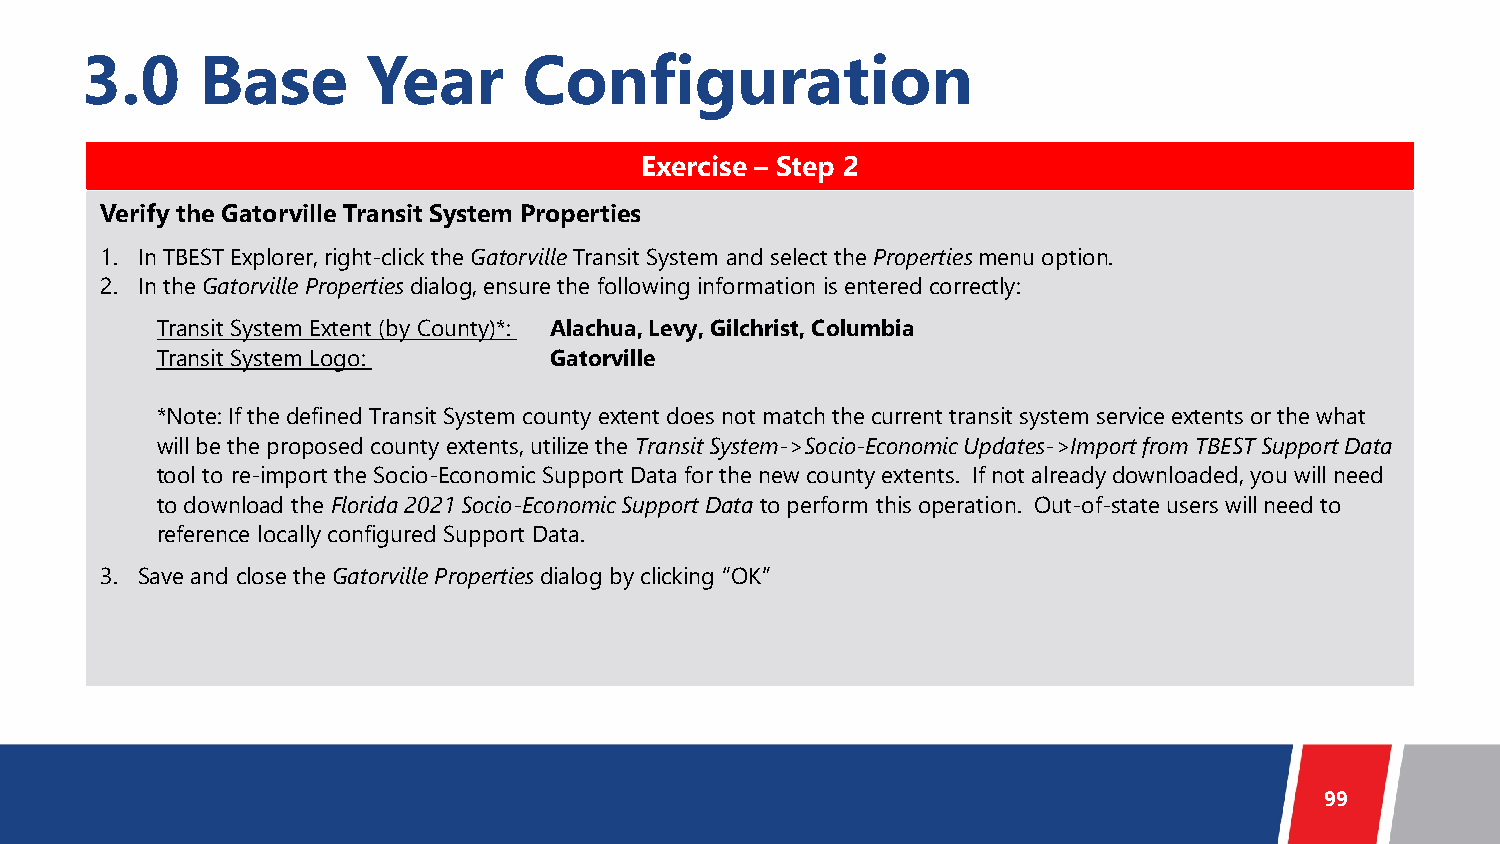
3.0     Base       Year       Configuration
 Exercise – Step 2
 Verify the Gatorville Transit System Properties
 1. In TBEST Explorer, right-click the GatorvilleTransit System and select the Properties menu option.
 2. In the GatorvilleProperties dialog, ensure the following information is entered correctly:
 Transit System Extent (by County)*: Alachua, Levy, Gilchrist, Columbia
 Transit System Logo:      Gatorville
 *Note: If the defined Transit System county extent does not match the current transit system service extents or the what
 will be the proposed county extents, utilize the Transit System->Socio-Economic Updates->Import from TBEST Support Data
 tool to re-import the Socio-Economic Support Data for the new county extents. If not already downloaded, you will need
 to download the Florida 2021 Socio-Economic Support Data to perform this operation. Out-of-state users will need to
 reference locally configured Support Data.
 3. Save and close the GatorvilleProperties dialog by clicking “OK”
 99